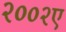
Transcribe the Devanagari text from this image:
२००२ए